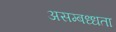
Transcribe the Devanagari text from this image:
असम्बध्धता